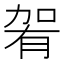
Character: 𱐴